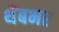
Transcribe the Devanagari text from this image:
थेंबभर